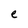
Character: e